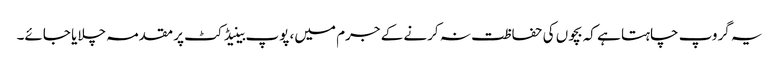
یہ گروپ چاہتا ہے کہ بچوں کی حفاظت نہ کرنے کے جرم میں، پوپ بینیڈکٹ پر مقدمہ چلایا جائے۔